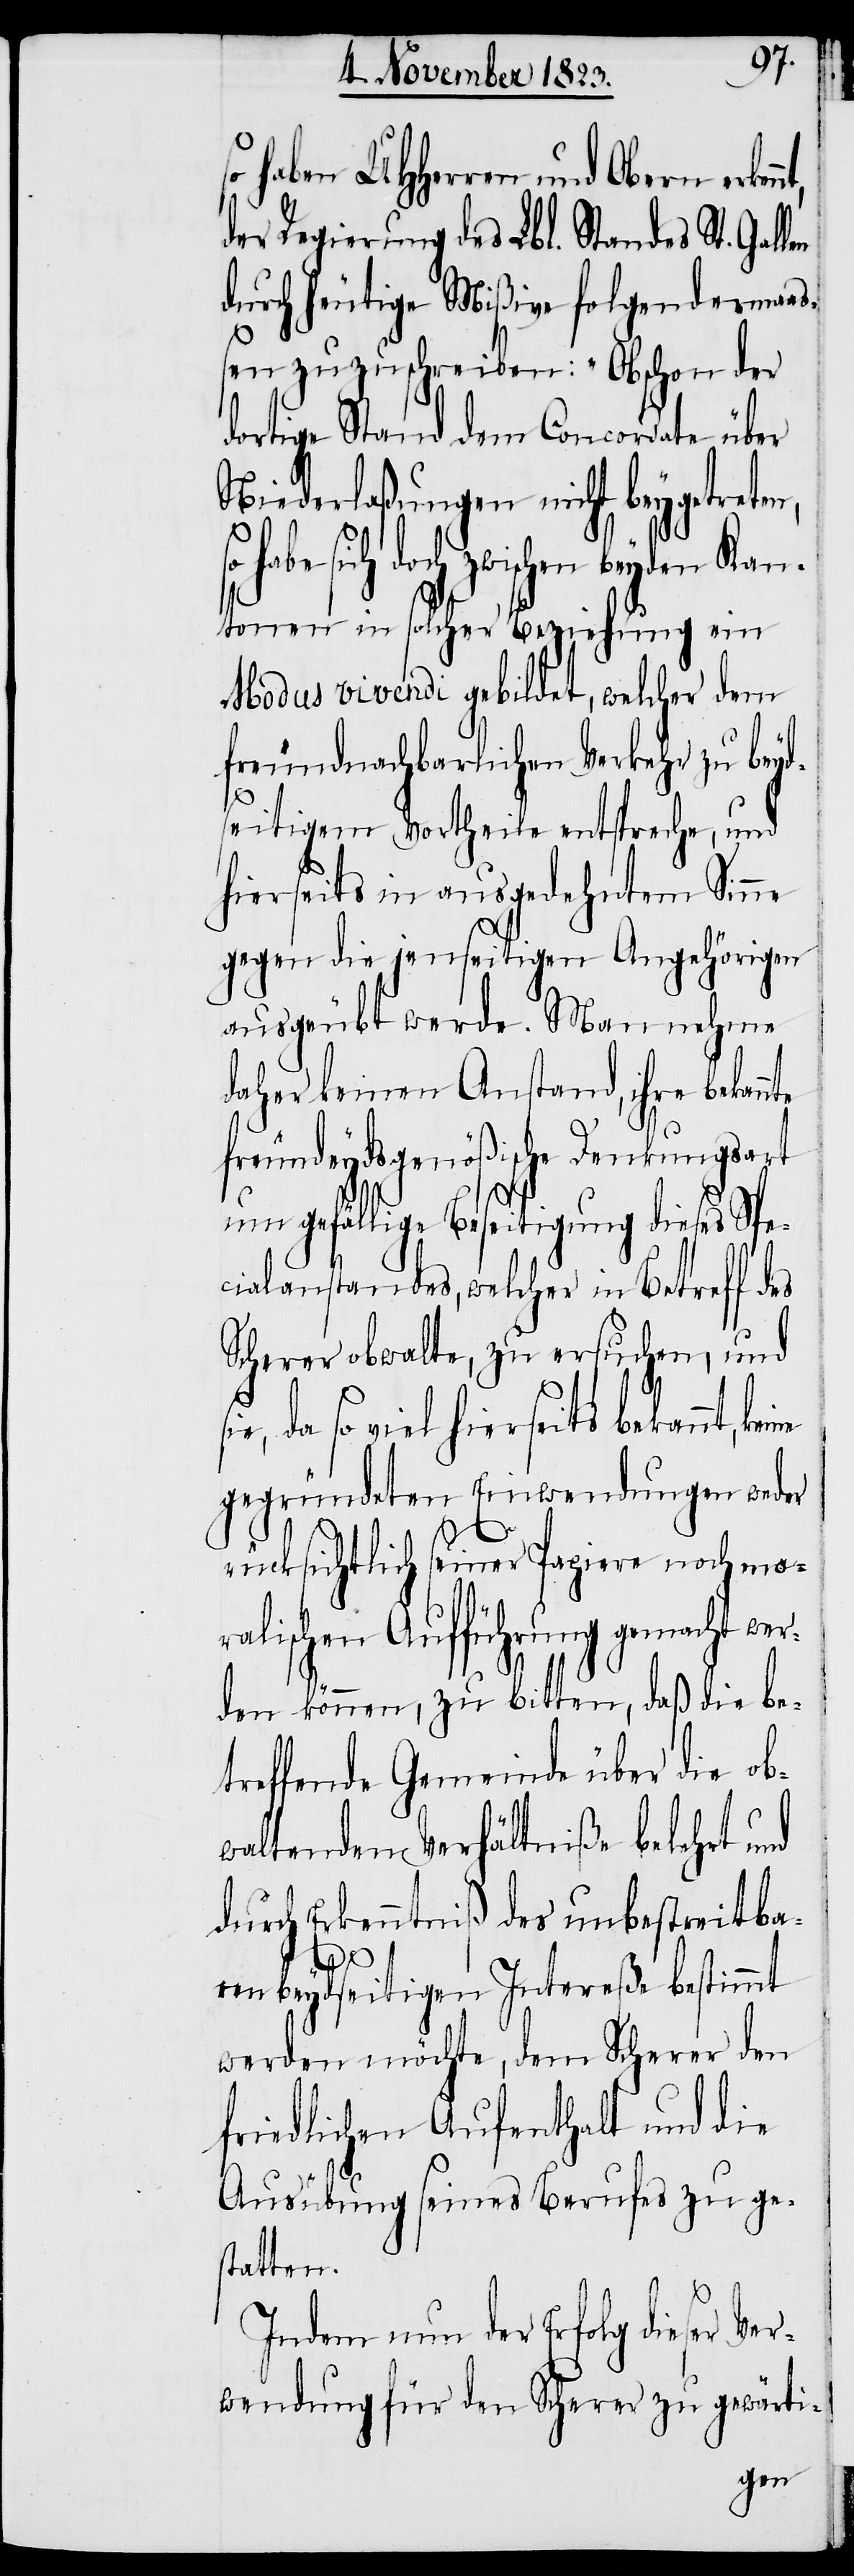
so haben UHHerren und Obern erken¬
der Regierung des Lbl. Standes St. Gal¬
durch heutige Mißive folgendermaa¬
ßen zuzuschreiben: „Obschon der
dortige Stand dem Concordate über
Niederlaßungen nicht beygetreten,
habe sich doch zwischen beyden Kan¬
tonen in solcher Beziehung ein
Modus vivendi gebildet, welcher dem
freundnachbarlichen Verkehr zu beyd¬
seitigem Vortheile entspreche, und
hierseits in ausgedehntem Sinne
gegen die jenseitigen Angehörigen
ausgeübt werde. Man nehme
daher keinen Anstand, ihre bekann¬
freundeydsgenößische Denkungsart
um gefällige Beseitigung dieses Spe¬
cialanstandes, welcher in Betreff des
Scherer obwalte, zu ersuchen, und
so viel hierseits bekannt,
gegründeten Einwendungen weder
rücksichtlich seiner Papiere noch mo¬
ralischen Aufführung gemacht wer¬
den könne, zu bitten, daß die be¬
treffende Gemeinde über die ob¬
waltenden Verhältniße belehrt und
durch Erkenntniß des unbestreitba¬
ten.[“]
ren beydseitigen Intereße bestimmt
werden möchte, dem Scherer den
friedlichen Aufenthalt und die
Ausübung seines Berufes zu ge¬
Indem nun der Erfolg dieser Ve¬
rwendung für den Scherer zu gewärti-